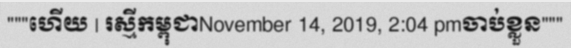
"""ហើយ | រស្មីកម្ពុជាNovember 14, 2019, 2:04 pmចាប់ខ្លួន"""